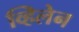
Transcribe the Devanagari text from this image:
व्हिलेन